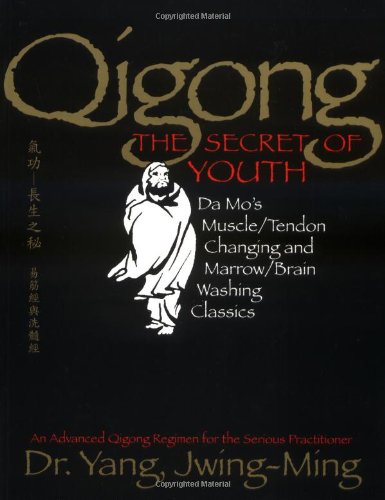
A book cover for Qigong, The Secret of Youth: Da Mo's Muscle/Tendon Changing and Marrow/Brain Washing Classics; Yang Jwing-Ming; Health, Fitness & Dieting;